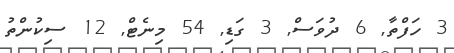
3 ހަފްތާ